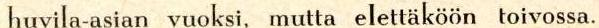
huvila-asian vuoksi, mutta elettäköon toivossa.